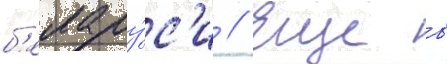
б'елару́с'и // Еще в